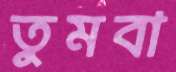
তুমবা